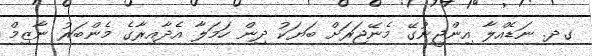
ގދ. ނަޑެއްލާ އިންޖީނުގޭ މެނޭޖަރަށް ބަޔަކު ދިން ހަމަލާ އެދާއިރާގެ މެންބަރު ނާޒިމް